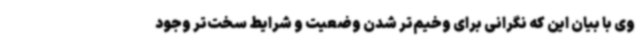
وی با بیان این که نگرانی برای وخیم‌تر شدن وضعیت و شرایط سخت‌تر وجود